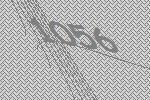
1056